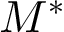
M ^ { \ast }